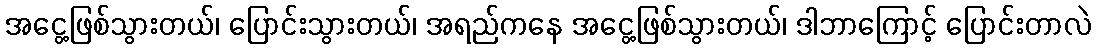
အငွေ့ဖြစ်သွားတယ်၊ ပြောင်းသွားတယ်၊ အရည်ကနေ အငွေ့ဖြစ်သွားတယ်၊ ဒါဘာကြောင့် ပြောင်းတာလဲ